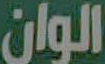
الوان